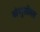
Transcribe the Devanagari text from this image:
अंगुलोसा